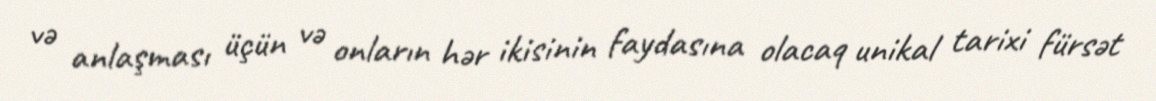
və anlaşması üçün və onların hər ikisinin faydasına olacaq unikal tarixi fürsət